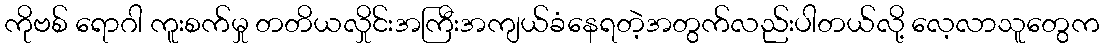
ကိုဗစ် ရောဂါ ကူးစက်မှု တတိယလှိုင်းအကြီးအကျယ်ခံနေရတဲ့အတွက်လည်းပါတယ်လို့ လေ့လာသူတွေက